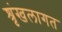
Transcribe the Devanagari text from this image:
श्रृंखलागत